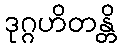
ဒုဂ္ဂဟိတန္တိ